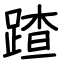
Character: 蹅